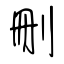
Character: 刪